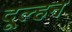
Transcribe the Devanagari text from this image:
दूल्हन